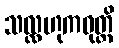
သလ္လဟုကဝုတ္တိ